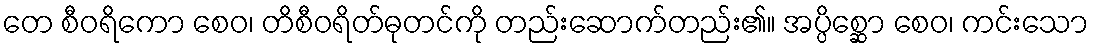
တေ စီဝရိကော စေဝ၊ တိစီဝရိတ်ဓုတင်ကို တည်းဆောက်တည်း၏။ အပ္ပိစ္ဆော စေဝ၊ ကင်းသော